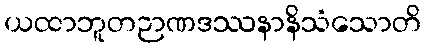
ယထာဘူတဉာဏဒဿနာနိသံသောတိ